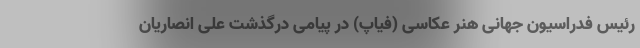
رئیس فدراسیون جهانی هنر عکاسی (فیاپ) در پیامی درگذشت علی انصاریان